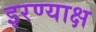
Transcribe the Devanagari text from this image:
इरण्याक्ष